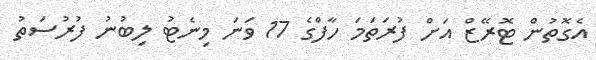
އެގޮތުން ޓޮރޭޒް އަށް ފުރަތަމަ ހާފްގެ 17 ވަނަ މިނެޓު ލިބުނު ފުރުސަތު